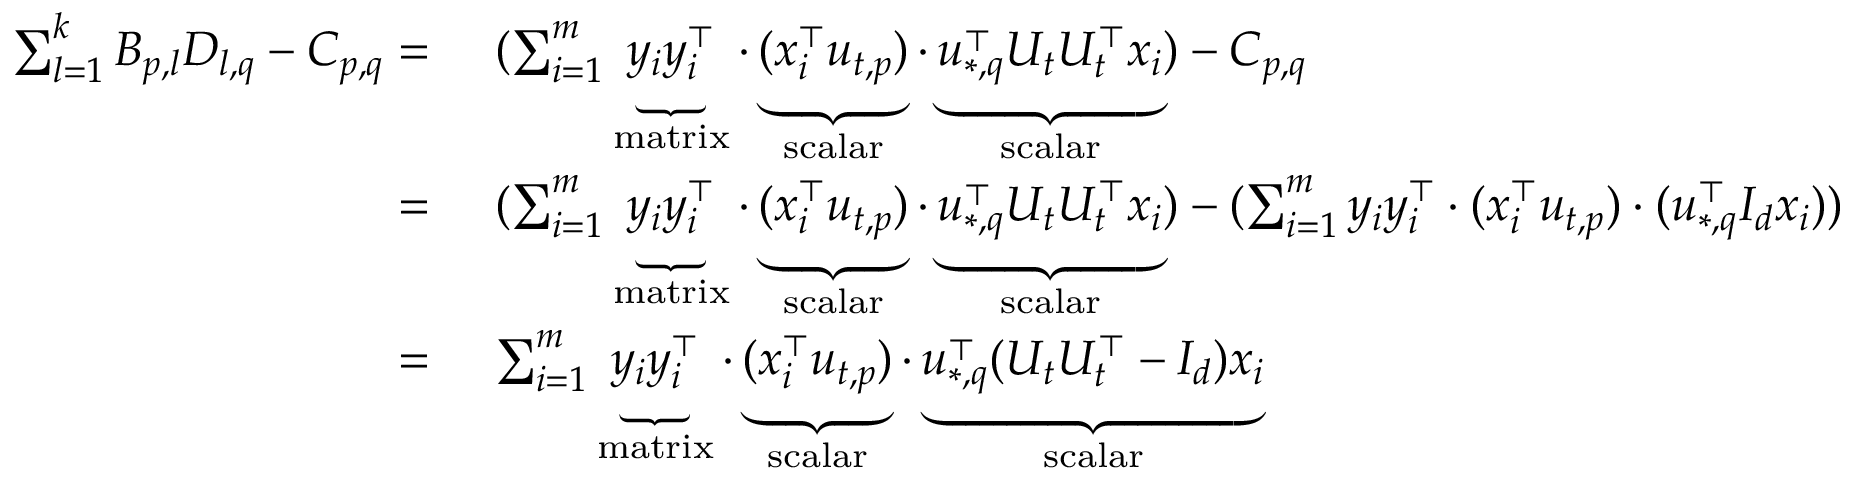
\begin{array} { r l } { \sum _ { l = 1 } ^ { k } B _ { p , l } D _ { l , q } - C _ { p , q } = } & { ~ ( \sum _ { i = 1 } ^ { m } \underbrace { y _ { i } y _ { i } ^ { \top } } _ { \mathrm { m a t r i x } } \cdot \underbrace { ( x _ { i } ^ { \top } u _ { t , p } ) } _ { \mathrm { s c a l a r } } \cdot \underbrace { u _ { * , q } ^ { \top } U _ { t } U _ { t } ^ { \top } x _ { i } } _ { \mathrm { s c a l a r } } ) - C _ { p , q } } \\ { = } & { ~ ( \sum _ { i = 1 } ^ { m } \underbrace { y _ { i } y _ { i } ^ { \top } } _ { \mathrm { m a t r i x } } \cdot \underbrace { ( x _ { i } ^ { \top } u _ { t , p } ) } _ { \mathrm { s c a l a r } } \cdot \underbrace { u _ { * , q } ^ { \top } U _ { t } U _ { t } ^ { \top } x _ { i } } _ { \mathrm { s c a l a r } } ) - ( \sum _ { i = 1 } ^ { m } y _ { i } y _ { i } ^ { \top } \cdot ( x _ { i } ^ { \top } u _ { t , p } ) \cdot ( u _ { * , q } ^ { \top } I _ { d } x _ { i } ) ) } \\ { = } & { ~ \sum _ { i = 1 } ^ { m } \underbrace { y _ { i } y _ { i } ^ { \top } } _ { \mathrm { m a t r i x } } \cdot \underbrace { ( x _ { i } ^ { \top } u _ { t , p } ) } _ { \mathrm { s c a l a r } } \cdot \underbrace { u _ { * , q } ^ { \top } ( U _ { t } U _ { t } ^ { \top } - I _ { d } ) x _ { i } } _ { \mathrm { s c a l a r } } } \end{array}